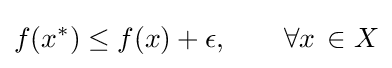
{f(x^{*})\leq f(x)+\epsilon ,\qquad \forall {x}\,\in X}